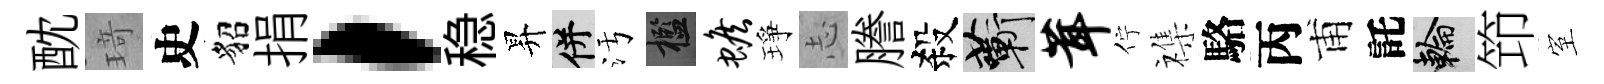
酖𤦺史貂捐，稳昇并污檻蟾琤𢖽謄殺蔪茸佇襍駱丙甫託輪笻室